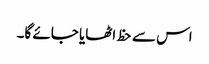
اس سے حظ اٹھایا جائے گا۔